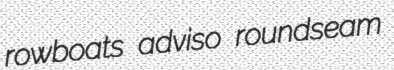
rowboats adviso roundseam